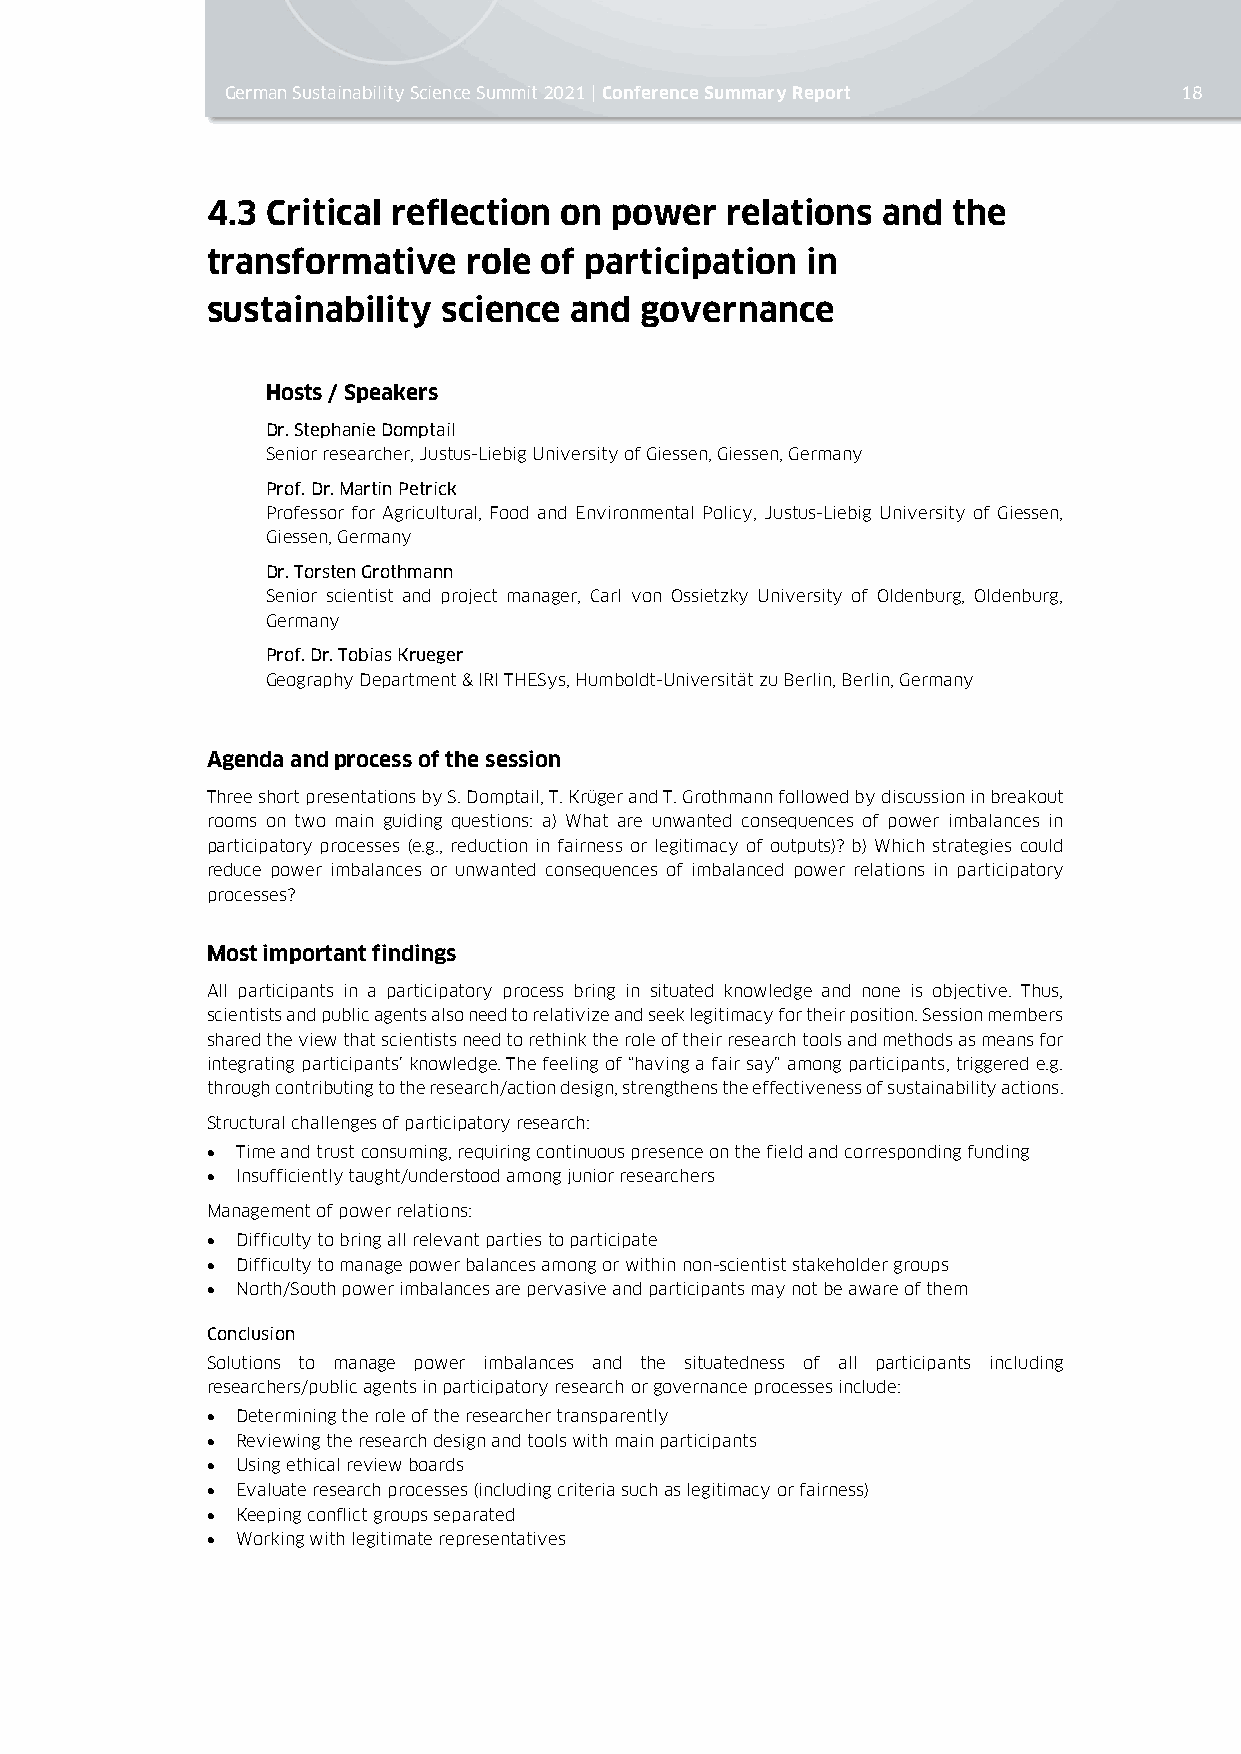
German Sustainability Science Summit 2021 | Conference Summary Report 18
 4.3 Critical reflection on power  relations and  the
 transformative   role of participation in
 sustainability science  and governance
 Hosts / Speakers
 Dr. Stephanie Domptail
 Senior researcher, Justus-Liebig University of Giessen, Giessen, Germany
 Prof. Dr. Martin Petrick
 Professor for Agricultural, Food and Environmental Policy, Justus-Liebig University of Giessen,
 Giessen, Germany
 Dr. Torsten Grothmann
 Senior scientist and project manager, Carl von Ossietzky University of Oldenburg, Oldenburg,
 Germany
 Prof. Dr. Tobias Krueger
 Geography Department & IRI THESys, Humboldt-Universität zu Berlin, Berlin, Germany
 Agenda and process of the session
 Three short presentations by S. Domptail, T. Krüger and T. Grothmann followed by discussion in breakout
 rooms on two main guiding questions: a) What are unwanted consequences of power imbalances in
 participatory processes (e.g., reduction in fairness or legitimacy of outputs)? b) Which strategies could
 reduce power imbalances or unwanted consequences of imbalanced power relations in participatory
 processes?
 Most important findings
 All participants in a participatory process bring in situated knowledge and none is objective. Thus,
 scientists and public agents also need to relativize and seek legitimacy for their position. Session members
 shared the view that scientists need to rethink the role of their research tools and methods as means for
 integrating participants’ knowledge. The feeling of “having a fair say” among participants, triggered e.g.
 through contributing to the research/action design, strengthens the effectiveness of sustainability actions.
 Structural challenges of participatory research:
 • Time and trust consuming, requiring continuous presence on the field and corresponding funding
 • Insufficiently taught/understood among junior researchers
 Management of power relations:
 • Difficulty to bring all relevant parties to participate
 • Difficulty to manage power balances among or within non-scientist stakeholder groups
 • North/South power imbalances are pervasive and participants may not be aware of them
 Conclusion
 Solutions to manage power imbalances and the situatedness of all participants including
 researchers/public agents in participatory research or governance processes include:
 • Determining the role of the researcher transparently
 • Reviewing the research design and tools with main participants
 • Using ethical review boards
 • Evaluate research processes (including criteria such as legitimacy or fairness)
 • Keeping conflict groups separated
 • Working with legitimate representatives